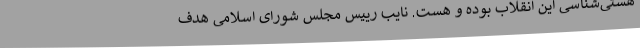
هستی‌شناسی این انقلاب بوده و هست. نایب رییس مجلس شورای اسلامی هدف